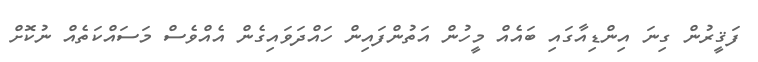
ފަޤީރުން ގިނަ އިންޑިއާގައި ބައެއް މީހުން އަތުންފައިން ހައްދަވައިގެން އެއްވެސް މަސައްކަތެއް ނުކޮށް